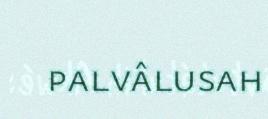
palvâlusah